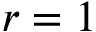
r = 1